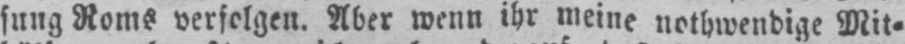
sung Roms verfolgen. Aber wenn ihr meine nothwendige Mit⸗